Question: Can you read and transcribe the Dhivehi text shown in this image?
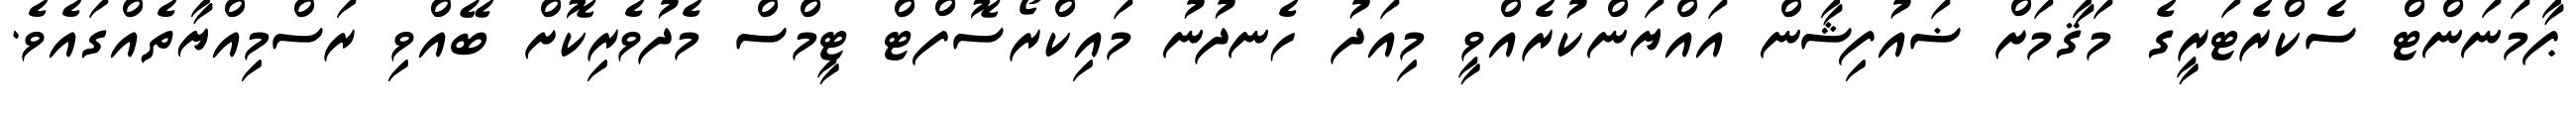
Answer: ޕާމަނަންޓް ސެކްރެޓަރީގެ މަޤާމަށް ޟައުފިޝާން އައްޔަންކުރެއްވީ މިއަދު ހެނދުނު މައިކްރޯސޮފްޓް ޓީމްސް މެދުވެރިކޮށް ބޭއްވި ރަސްމިއްޔާތެއްގައެވެ.